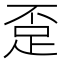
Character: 𲃗